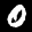
Label: 0